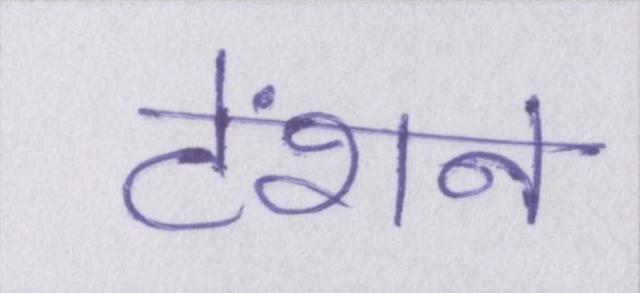
टेंशन